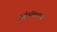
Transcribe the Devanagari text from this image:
आईवडिलांचा